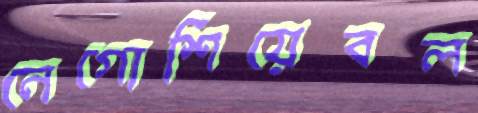
নেগোশিয়েবল